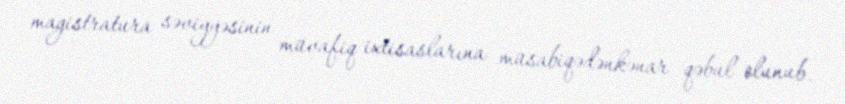
magistratura səviyyəsinin müvafiq ixtisaslarına müsabiqədənkənar qəbul olunub.